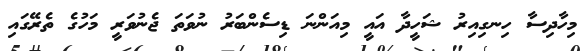
މިހާދިސާ ހިނގިއިރު ޝަހީދާ އައީ މިއަންނަ ޑިސެންބަރު ނުވަތަ ޖެނުވަރީ މަހުގެ ތެރޭގައި